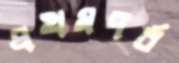
প্রথমপর্ব